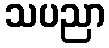
သပညာ